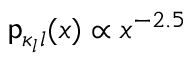
{ \mathsf p } _ { \kappa _ { l } l } ( x ) \propto x ^ { - 2 . 5 }